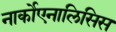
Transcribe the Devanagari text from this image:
नार्कोएनालिसिस